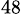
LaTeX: ^{48}